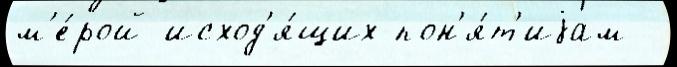
м'е́рой исход'я́щих пон'я́т'иjам -